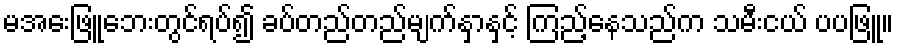
မအေးဖြူဘေးတွင်ရပ်၍ ခပ်တည်တည်မျက်နှာနှင့် ကြည့်နေသည်က သမီးငယ် ပပဖြူ။